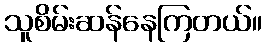
သူစိမ်းဆန်နေကြတယ်။